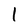
Character: I